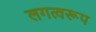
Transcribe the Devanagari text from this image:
लगत्वरूप